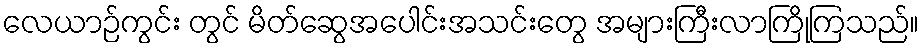
လေယာဉ်ကွင်း တွင် မိတ်ဆွေအပေါင်းအသင်းတွေ အများကြီးလာကြိုကြသည်။